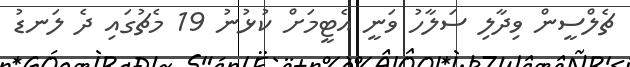
ޗެލްސީން ވިދާލި ސަލާހު ވަނީ އެޓީމަށް ކުޅުނު 19 މެޗުގައި ދެ ލަނޑު